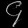
Digit: ၄